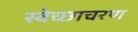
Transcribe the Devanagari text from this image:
स्वेच्छाचरण